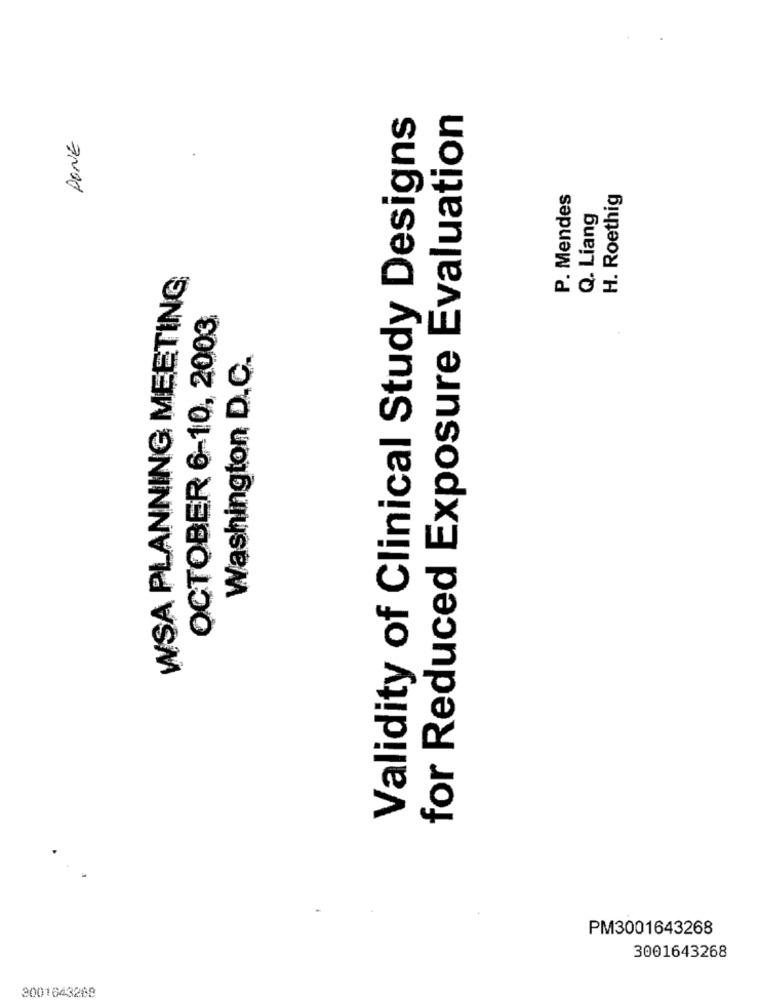
Validity of Clinical Study Designs
for Reduced Exposure Evaluation
PONE
P. Mendes
H. Roethig
Q. Liang
WSA PLANNING MEETING
OCTOBER 6-10, 2003
Washington D.C.
PM3001643268
3001643268
2001643268